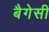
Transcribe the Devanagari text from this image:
बैगेसी